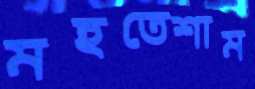
মহতেশাম